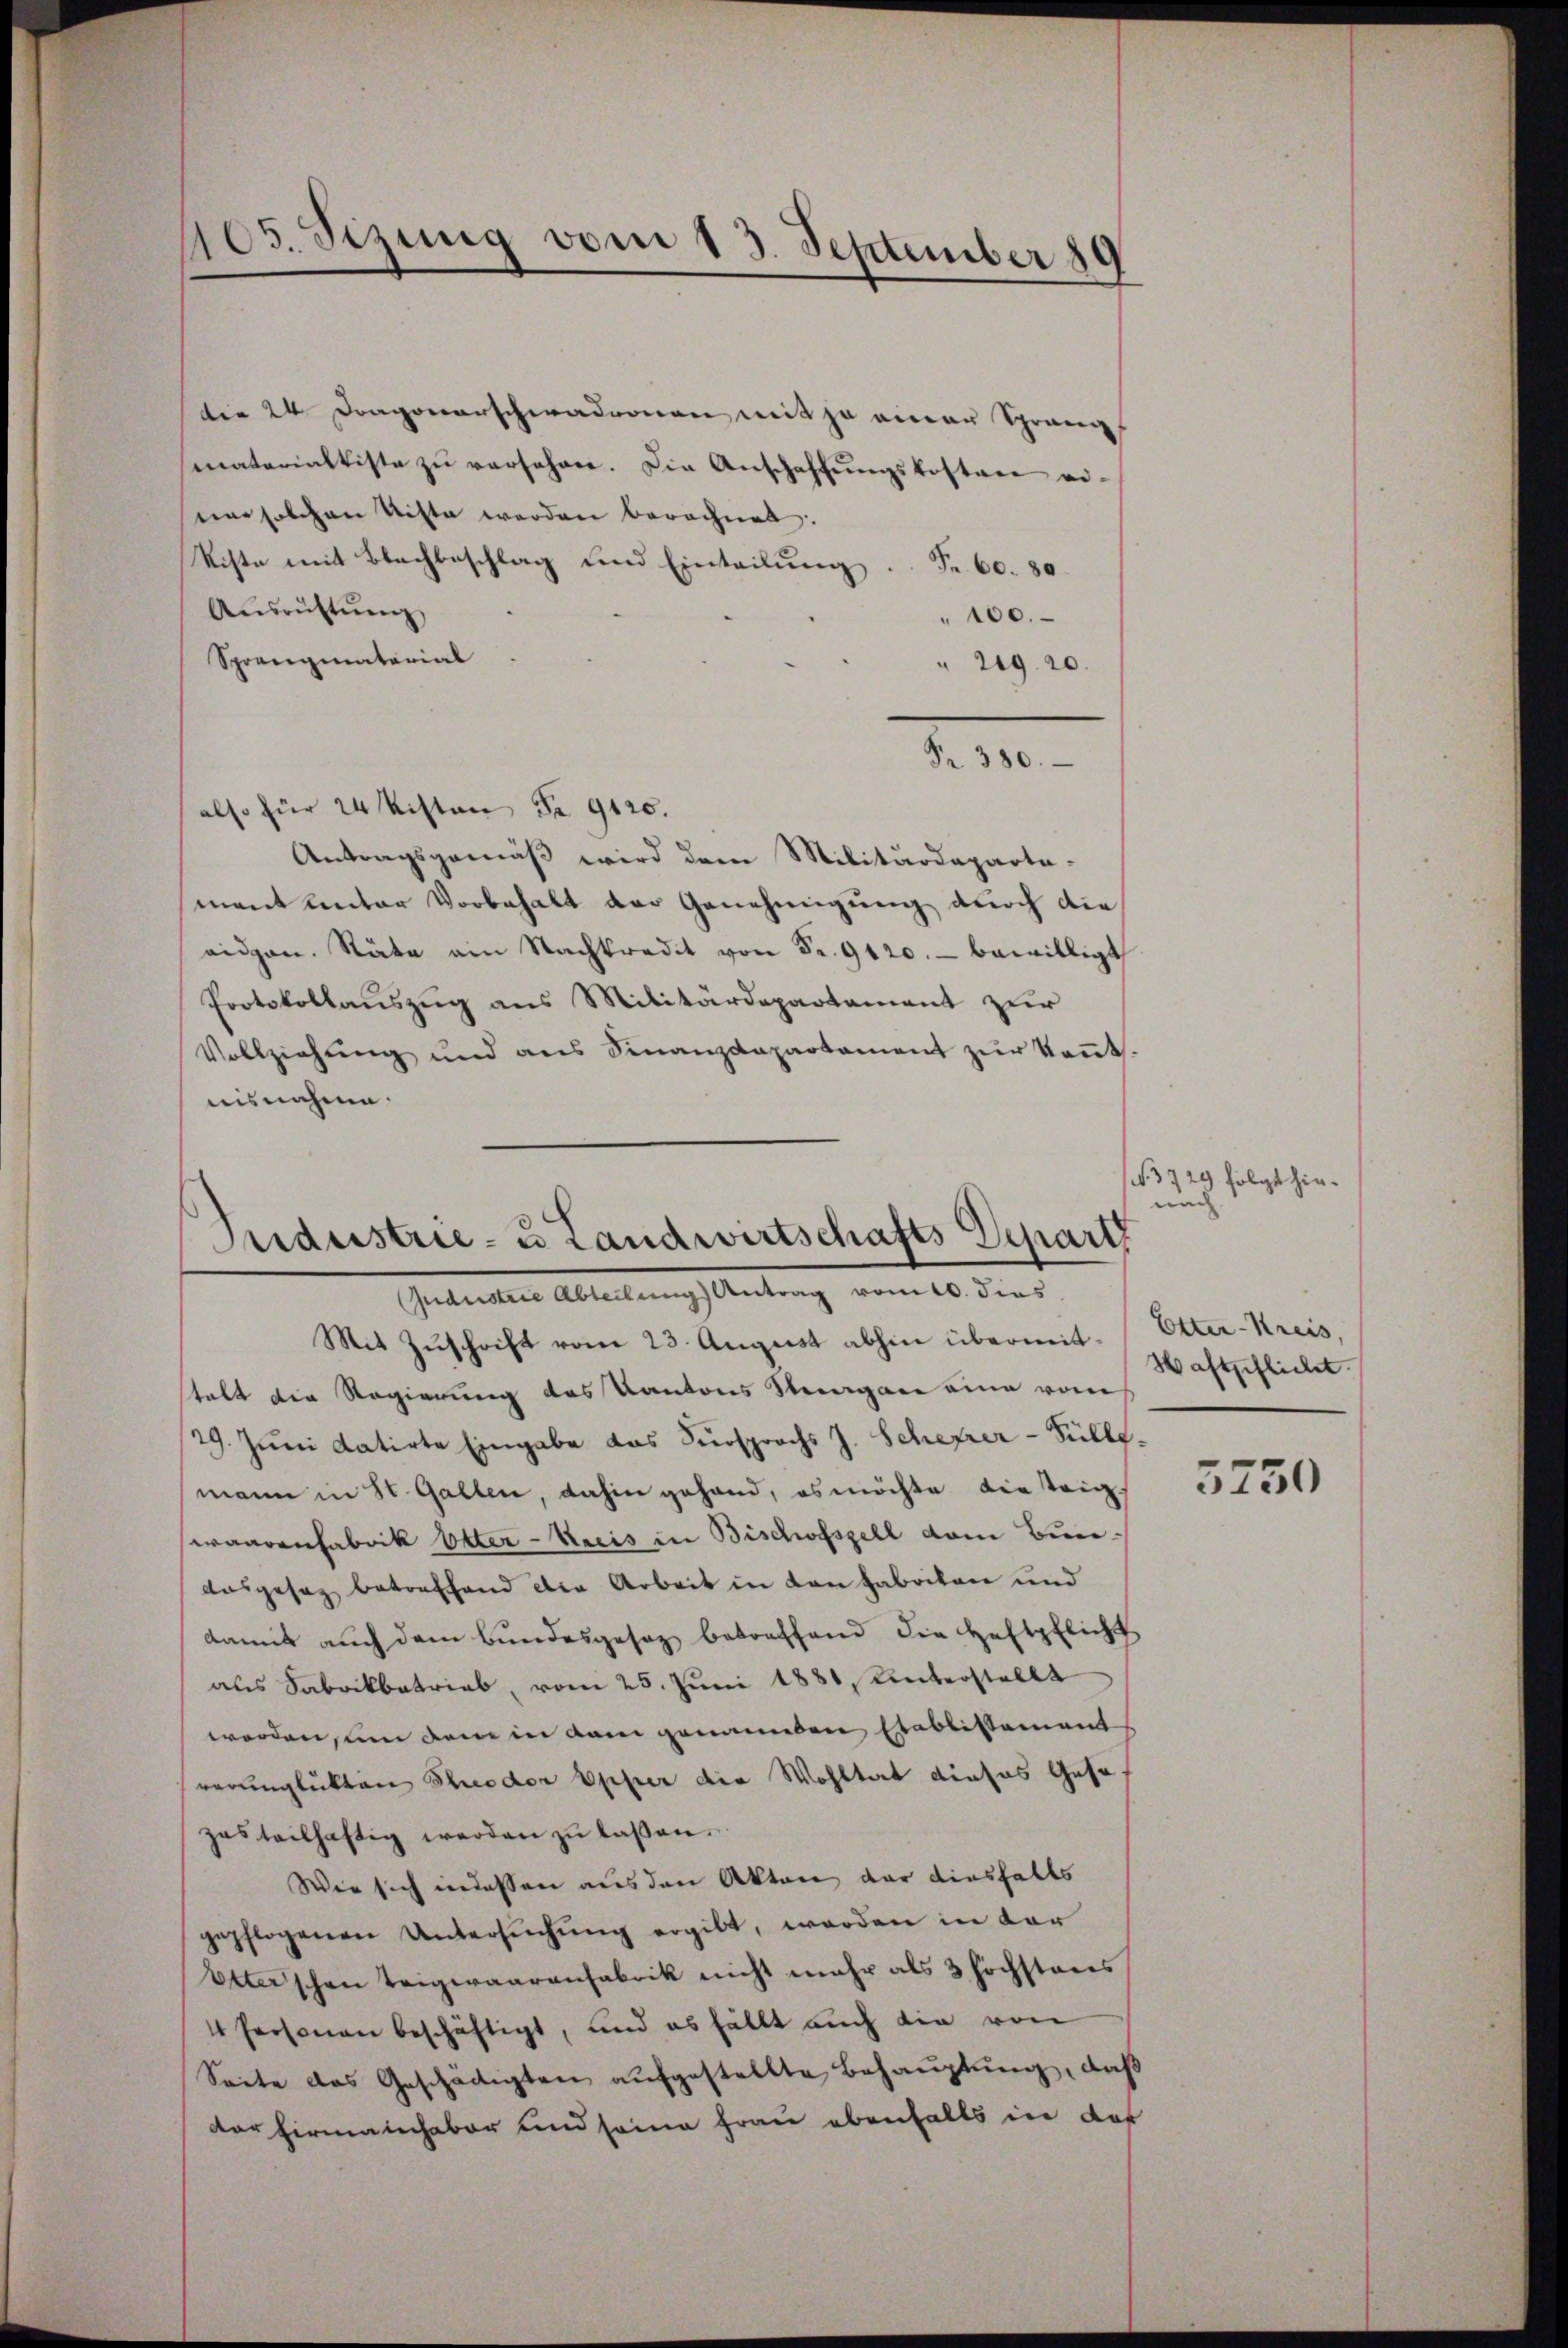
705. Sizung vom 13. September 189

die 24 Dragonerschwadronen mit ja einer Sprang
materialtiste zŭ versehen. Die Anschaffŭngskosten ei-
ner solchen Mitte werden berechnet:
Niste mit Bachbeschlag und Einteilung Nr. 60. 80.
Aŭsrŭftŭng
100.
Sprengiatorial
29.10.
Fr. 380.
also für 24 Kisten Fr. 9120.
Antragsgemäß wird dem Militärdeparta-
mant unter Vorbehalt der Genehmigung durch die
eidgen. Räte am Nachtradit von Fr. 9120.- bewilligt
Protokollauszug aus Militärdepartament zur
Vollziehung und ans Sinanzdepartament zŭr Keṅt.
nisnahme.

Sudustrie- u Landwirtschafts Depart
Getreten Abtellung Antrag vom 20. dies

Mit Zuschrift vom 23. August abhin übermittalt die Regierung des Kantons Stragen eine vom
29. Juni datirte Eingabe das Fürsprochs J. Scheprer-Fülle.
mann in St. Gallen, dahin gehand, es möchte die trig
waarenfabrik Otter-Kreis in Bischofszell dem Bunausgesaz betreffend die Arbeit in Lonfabrikon und
damit auch dem Bundesgesez betreffend die Haftpflicht
aus Fabrikbetrieb, vom 25. Juni 1881, Unterstellt
worden, um dem in dem genannden Etablissement
verunglükten Theodor Opper die Wohltat dieses Gese
zasteilhaftig werden zu laßen.
Wie sich indessen aus den Akten der diesfalls
gepflogenen Untersŭchŭng ergibt, werden in dar
Elterschen Teigwaarenfabrik nicht mehr als 3 höchstens
4 Personen beschäftigt, und es fällt auch die von
Seite das Geschätigten aufgestellte Behauptung, daß
der Firmainhaber und seine Frau ebenfalls in das

(3729 folgt hieeinen

Etter-Kreis,
Haftpflicht.

5750